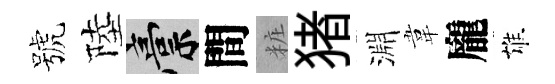
號陸稿間粧猪淵韋龐雄